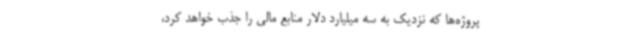
پروژه‌ها که نزدیک به سه میلیارد دلار منابع مالی را جذب خواهد کرد،